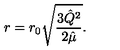
r = r _ { 0 } \sqrt { \frac { 3 { \hat { Q } } ^ { 2 } } { 2 { \hat { \mu } } } } .